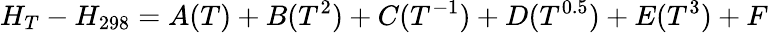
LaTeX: H_{T}-H_{298}=A(T)+B(T^{2})+C(T^{-1})+D(T^{0.5})+E(T^{3})+F